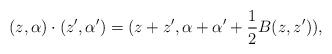
LaTeX: \begin{align*}(z,\alpha)\cdot(z',\alpha ')=(z+z',\alpha+\alpha '+\frac 1 2B(z,z')),\end{align*}